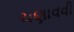
ચણાવવી